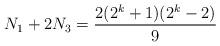
LaTeX: \begin{align*}N_1+2N_3=\frac{2(2^k+1)(2^{k}-2)}{9}\end{align*}